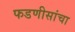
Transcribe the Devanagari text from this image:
फडणीसांचा